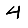
Digit: 4